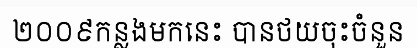
២០០៩កន្លងមកនេះ បានថយចុះចំនួន